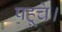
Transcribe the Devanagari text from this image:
पहूचे।